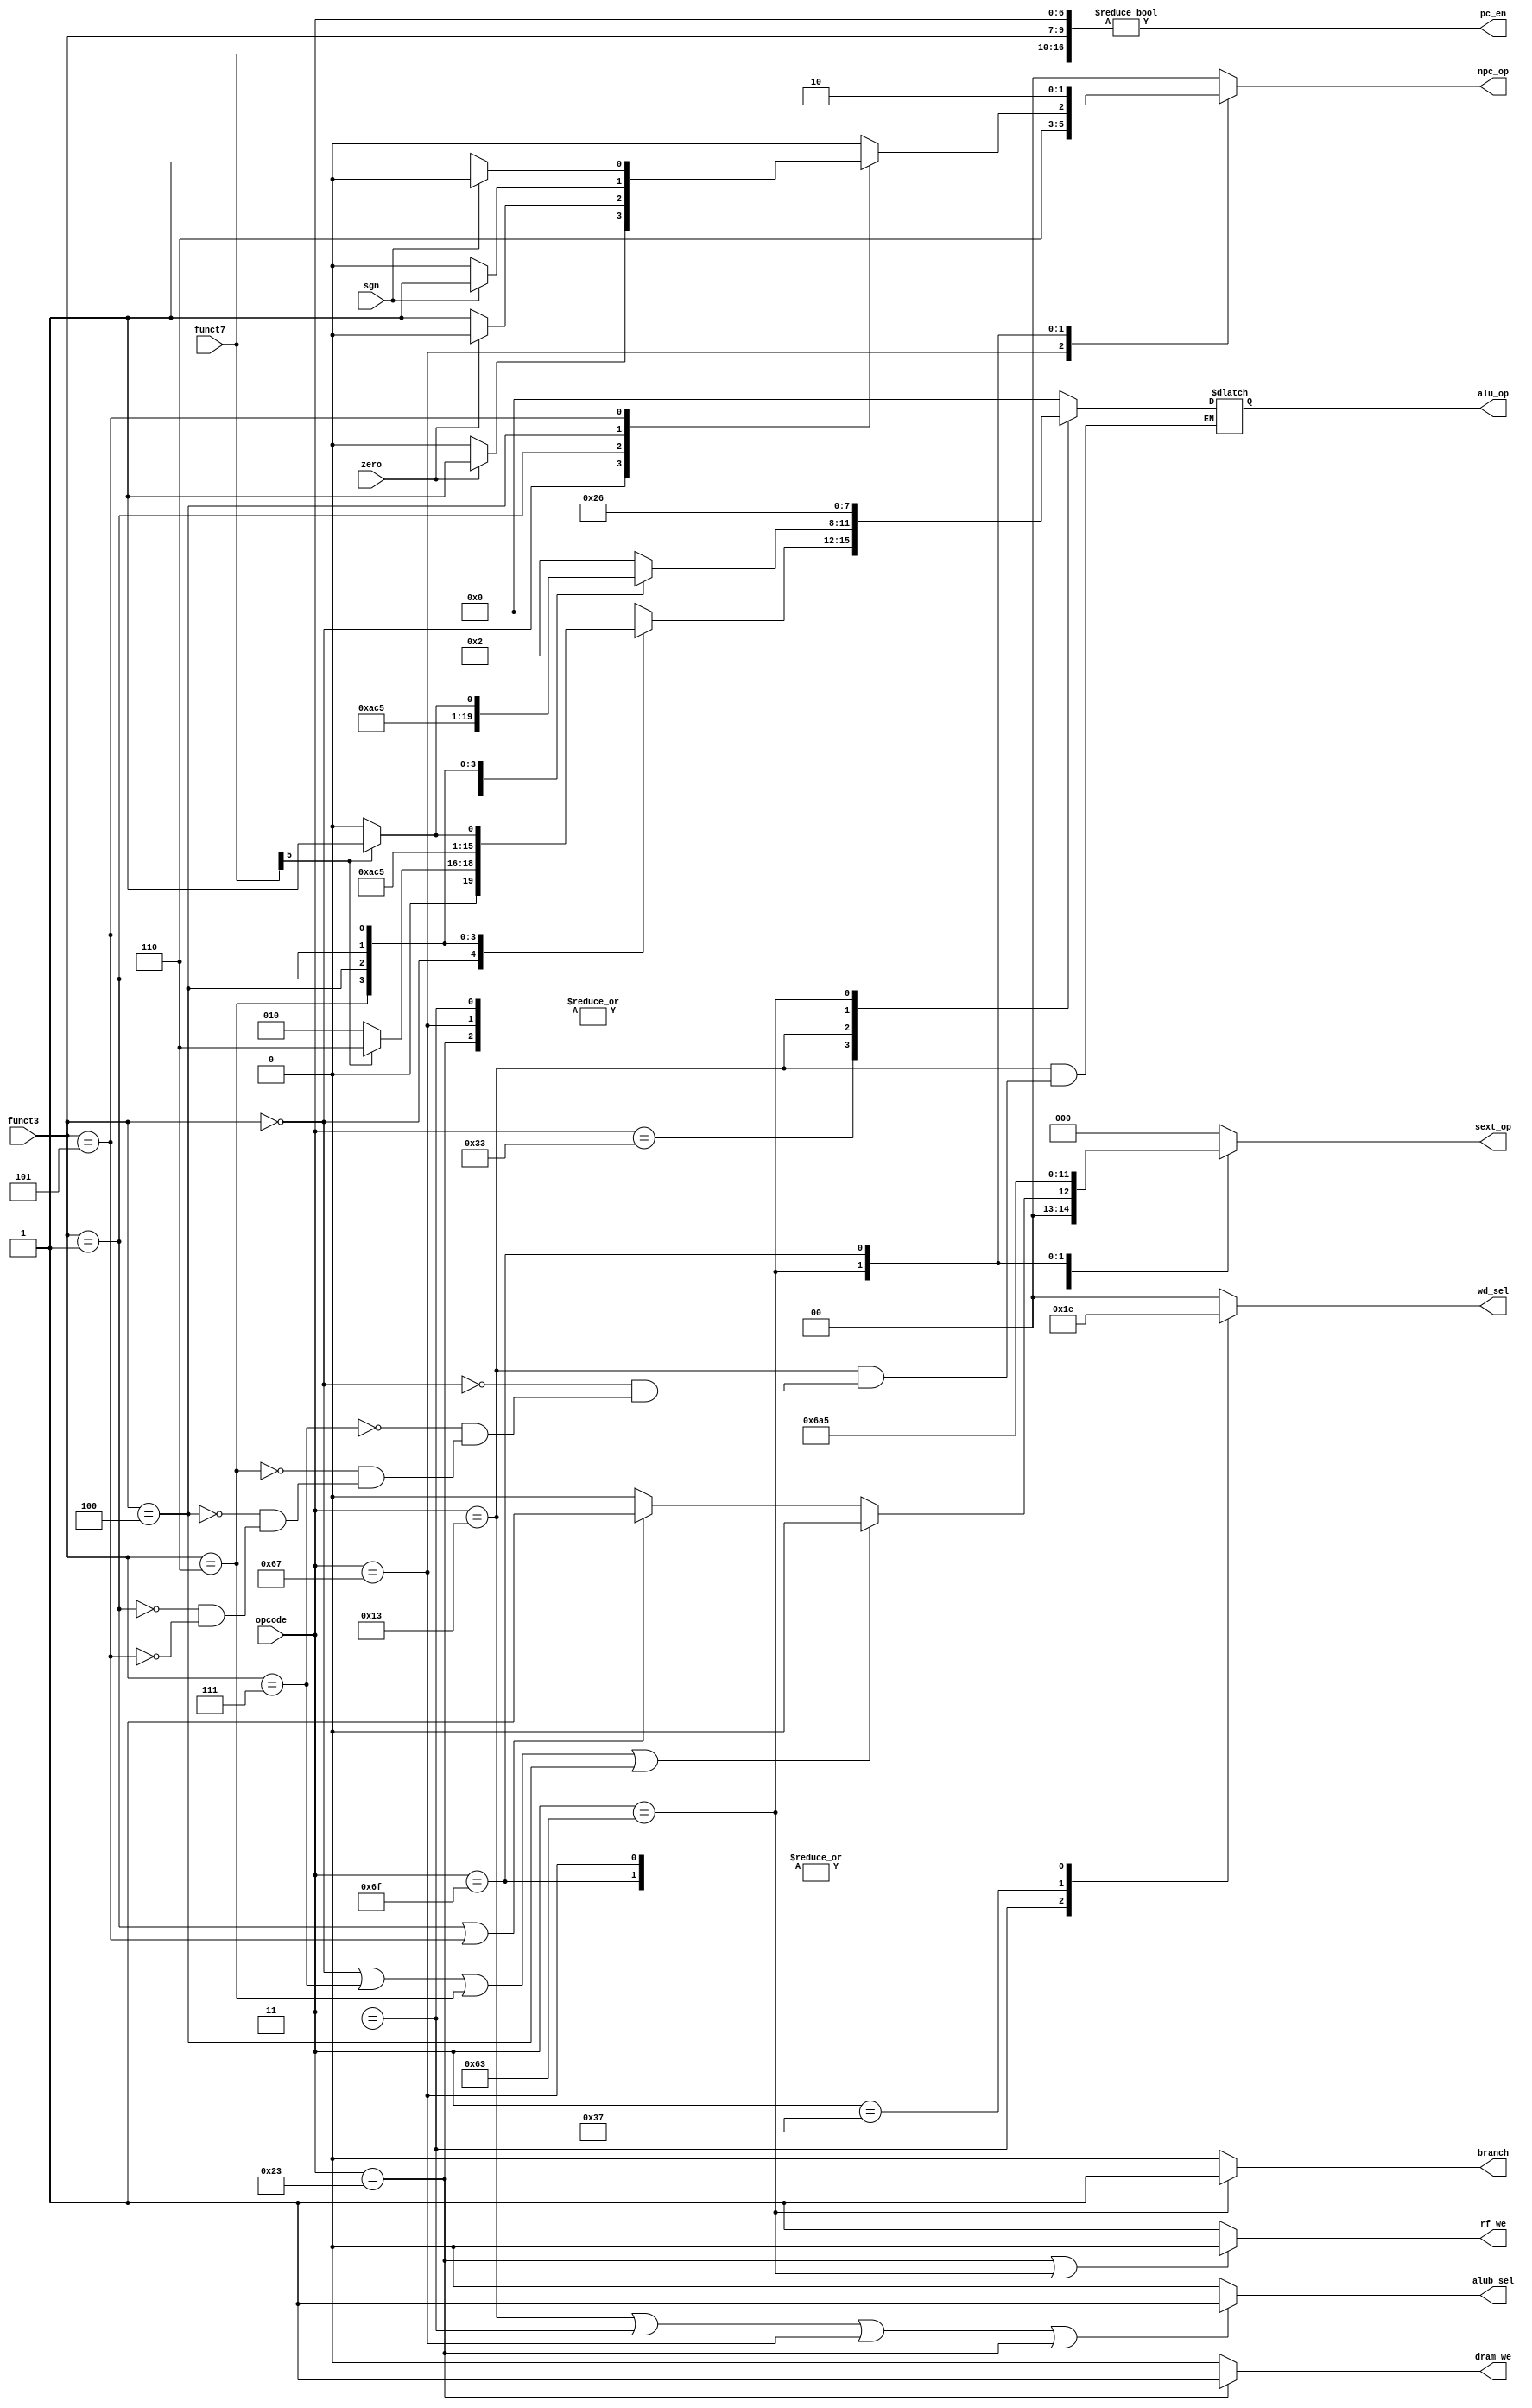

//////////////////////////////////////////////////////////////////////////////////
// Company: 
// Engineer: 
// 
// Design Name: 
// Module Name: Control
// Project Name: 
// Target Devices: 
// Tool Versions: 
// Description: 
// 
// Dependencies: 
// 
// Revision:
// Revision 0.01 - File Created
// Additional Comments:
// 
//////////////////////////////////////////////////////////////////////////////////


module Control(
    input [6:0] funct7,
    input [2:0] funct3,
    input [6:0] opcode,
    input zero,
    input sgn, 
    output reg [1:0] npc_op,
    output wire rf_we,
    output reg [1:0] wd_sel,
    output reg [2:0] sext_op,
    output reg [3:0] alu_op,
    output alub_sel,
    output branch,
    output dram_we,
    
    output wire pc_en
    );

    assign pc_en = {funct7, funct3, opcode} != 17'b0;

    always @(*) begin
        case(opcode)
            7'b0110011: npc_op = 2'b00; // R
            7'b0010011: npc_op = 2'b00; // I
            7'b0000011: npc_op = 2'b00; // lw
            7'b0110111: npc_op = 2'b00; // lui
            7'b0100011: npc_op = 2'b00; // sw
            7'b1100111: npc_op = 2'b11; // jalr
            7'b1100011: begin // B
                case(funct3)
                    3'b000:  npc_op = zero ? 2'b01 : 2'b00; // beq
                    3'b001:  npc_op = zero ? 2'b00 : 2'b01; // bne
                    3'b100:  npc_op = sgn  ? 2'b01 : 2'b00; // blt
                    3'b101:  npc_op = sgn  ? 2'b00 : 2'b01; // bge
                    default: npc_op = 2'b00;
                endcase
            end
            7'b1101111: npc_op = 2'b10; // jal
            default:    npc_op = 2'b00;
        endcase
    end
    
    assign rf_we = (opcode == 7'b0100011 || opcode == 7'b1100011) ? 1'b0 : 1'b1;
    
    always @(*) begin
        case(opcode)
            7'b0110011: wd_sel = 2'b00; // R
            7'b0010011: wd_sel = 2'b00; // I
            7'b0000011: wd_sel = 2'b01; // lw
            7'b0110111: wd_sel = 2'b11; // lui
            7'b1100111: wd_sel = 2'b10; // jalr
            7'b1101111: wd_sel = 2'b10; // jal
            default:    wd_sel = 2'b00;
        endcase
    end

    always @(*) begin
        case(opcode)
            7'b0010011: begin // I
                if(funct3 == 3'b000 || funct3 == 3'b111 || funct3 == 3'b110 || funct3 == 3'b100)
                    sext_op = 3'b000;
                else if(funct3 == 3'b001 || funct3 == 3'b101)
                    sext_op = 3'b001;
                else sext_op = 3'b000;
            end
            7'b0000011: sext_op = 3'b000; // lw
            7'b0110111: sext_op = 3'b011; // lui
            7'b0100011: sext_op = 3'b010; // sw
            7'b1100111: sext_op = 3'b000; // jalr
            7'b1100011: sext_op = 3'b100; // B
            7'b1101111: sext_op = 3'b101; // jal
            default:    sext_op = 3'b000;
        endcase
    end

    always @(*) begin
        case(opcode)
            7'b0110011: begin // R
                case(funct3)
                    3'b000:  alu_op = funct7[5] ? 4'b0110 : 4'b0010;
                    3'b111:  alu_op = 4'b0000;
                    3'b110:  alu_op = 4'b0001;
                    3'b100:  alu_op = 4'b0101;
                    3'b001:  alu_op = 4'b1000;
                    3'b101:  alu_op = funct7[5] ? 4'b1011 : 4'b1010;
                    default: alu_op = 4'b0000;
                endcase
            end
            7'b0010011: begin // I
                case(funct3)
                    3'b000:  alu_op = 4'b0010;
                    3'b111:  alu_op = 4'b0000;
                    3'b110:  alu_op = 4'b0001;
                    3'b100:  alu_op = 4'b0101;
                    3'b001:  alu_op = 4'b1000;
                    3'b101:  alu_op = funct7[5] ? 4'b1011 : 4'b1010;
                endcase
            end
            7'b0000011: alu_op = 4'b0010; // lw
            7'b0100011: alu_op = 4'b0010; // sw
            7'b1100111: alu_op = 4'b0010; // jalr
            7'b1100011: alu_op = 4'b0110; // B
            default:    alu_op = 4'b0000;
        endcase
    end

    assign alub_sel = (opcode == 7'b0010011 || opcode == 7'b0000011 || opcode == 7'b1100111 || opcode == 7'b0100011) ? 1'b1 : 1'b0;
    assign branch = (opcode == 7'b1100011) ? 1'b1 : 1'b0;
    assign dram_we = (opcode == 7'b0100011) ? 1'b1 : 1'b0;

endmodule